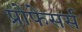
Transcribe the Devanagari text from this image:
प्रोफेसर्स